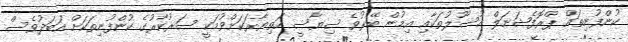
ކުންފުނިތައް ޕްރޮފެޝަނަލް އުސޫލުތަކާއި އިމުން ބޭރުވެ ސިޔާސީ ހަތިޔާރަކަށްވުމަކީ ސަރުކާރުގެ ކުންފުނިތަކަށް އަބަދުވެސް